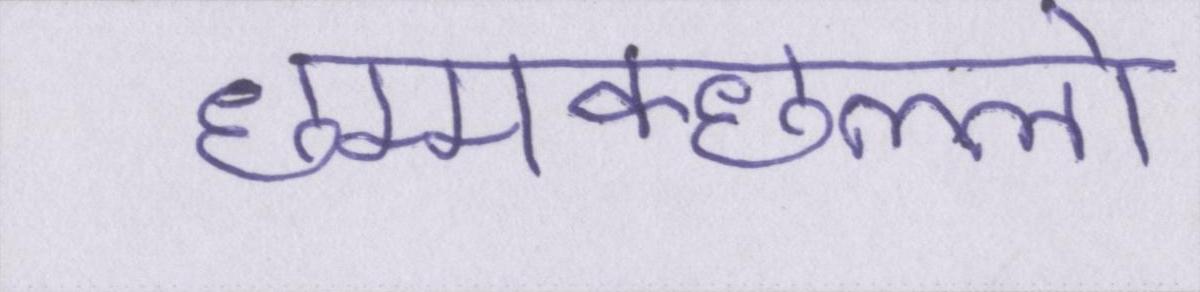
छम्मक्छल्लो